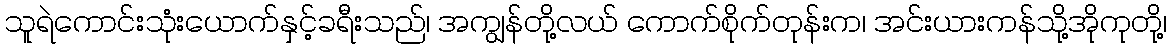
သူရဲကောင်းသုံးယောက်နှင့်ခရီးသည်၊ အကျွန်တို့လယ် ကောက်စိုက်တုန်းက၊ အင်းယားကန်သို့အိုကုတို့၊